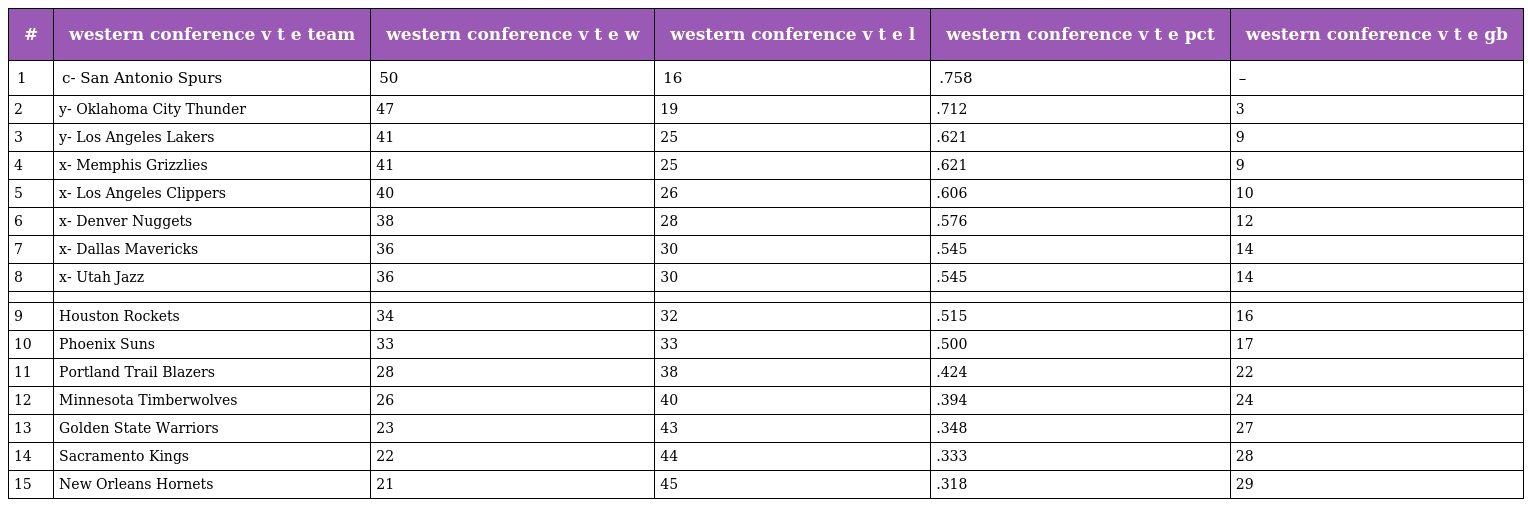
| # | western conference v t e team | western conference v t e w | western conference v t e l | western conference v t e pct | western conference v t e gb |
 | --- | --- | --- | --- | --- | --- |
 | 1 | c- San Antonio Spurs | 50 | 16 | .758 | – |
 | 2 | y- Oklahoma City Thunder | 47 | 19 | .712 | 3 |
 | 3 | y- Los Angeles Lakers | 41 | 25 | .621 | 9 |
 | 4 | x- Memphis Grizzlies | 41 | 25 | .621 | 9 |
 | 5 | x- Los Angeles Clippers | 40 | 26 | .606 | 10 |
 | 6 | x- Denver Nuggets | 38 | 28 | .576 | 12 |
 | 7 | x- Dallas Mavericks | 36 | 30 | .545 | 14 |
 | 8 | x- Utah Jazz | 36 | 30 | .545 | 14 |
 |  |  |  |  |  |  |
 | 9 | Houston Rockets | 34 | 32 | .515 | 16 |
 | 10 | Phoenix Suns | 33 | 33 | .500 | 17 |
 | 11 | Portland Trail Blazers | 28 | 38 | .424 | 22 |
 | 12 | Minnesota Timberwolves | 26 | 40 | .394 | 24 |
 | 13 | Golden State Warriors | 23 | 43 | .348 | 27 |
 | 14 | Sacramento Kings | 22 | 44 | .333 | 28 |
 | 15 | New Orleans Hornets | 21 | 45 | .318 | 29 |